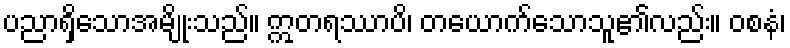
ပညာရှိသောအမျိုးသည်။ ဣတရဿာပိ၊ တယောက်သောသူ၏လည်း။ ဝစနံ၊